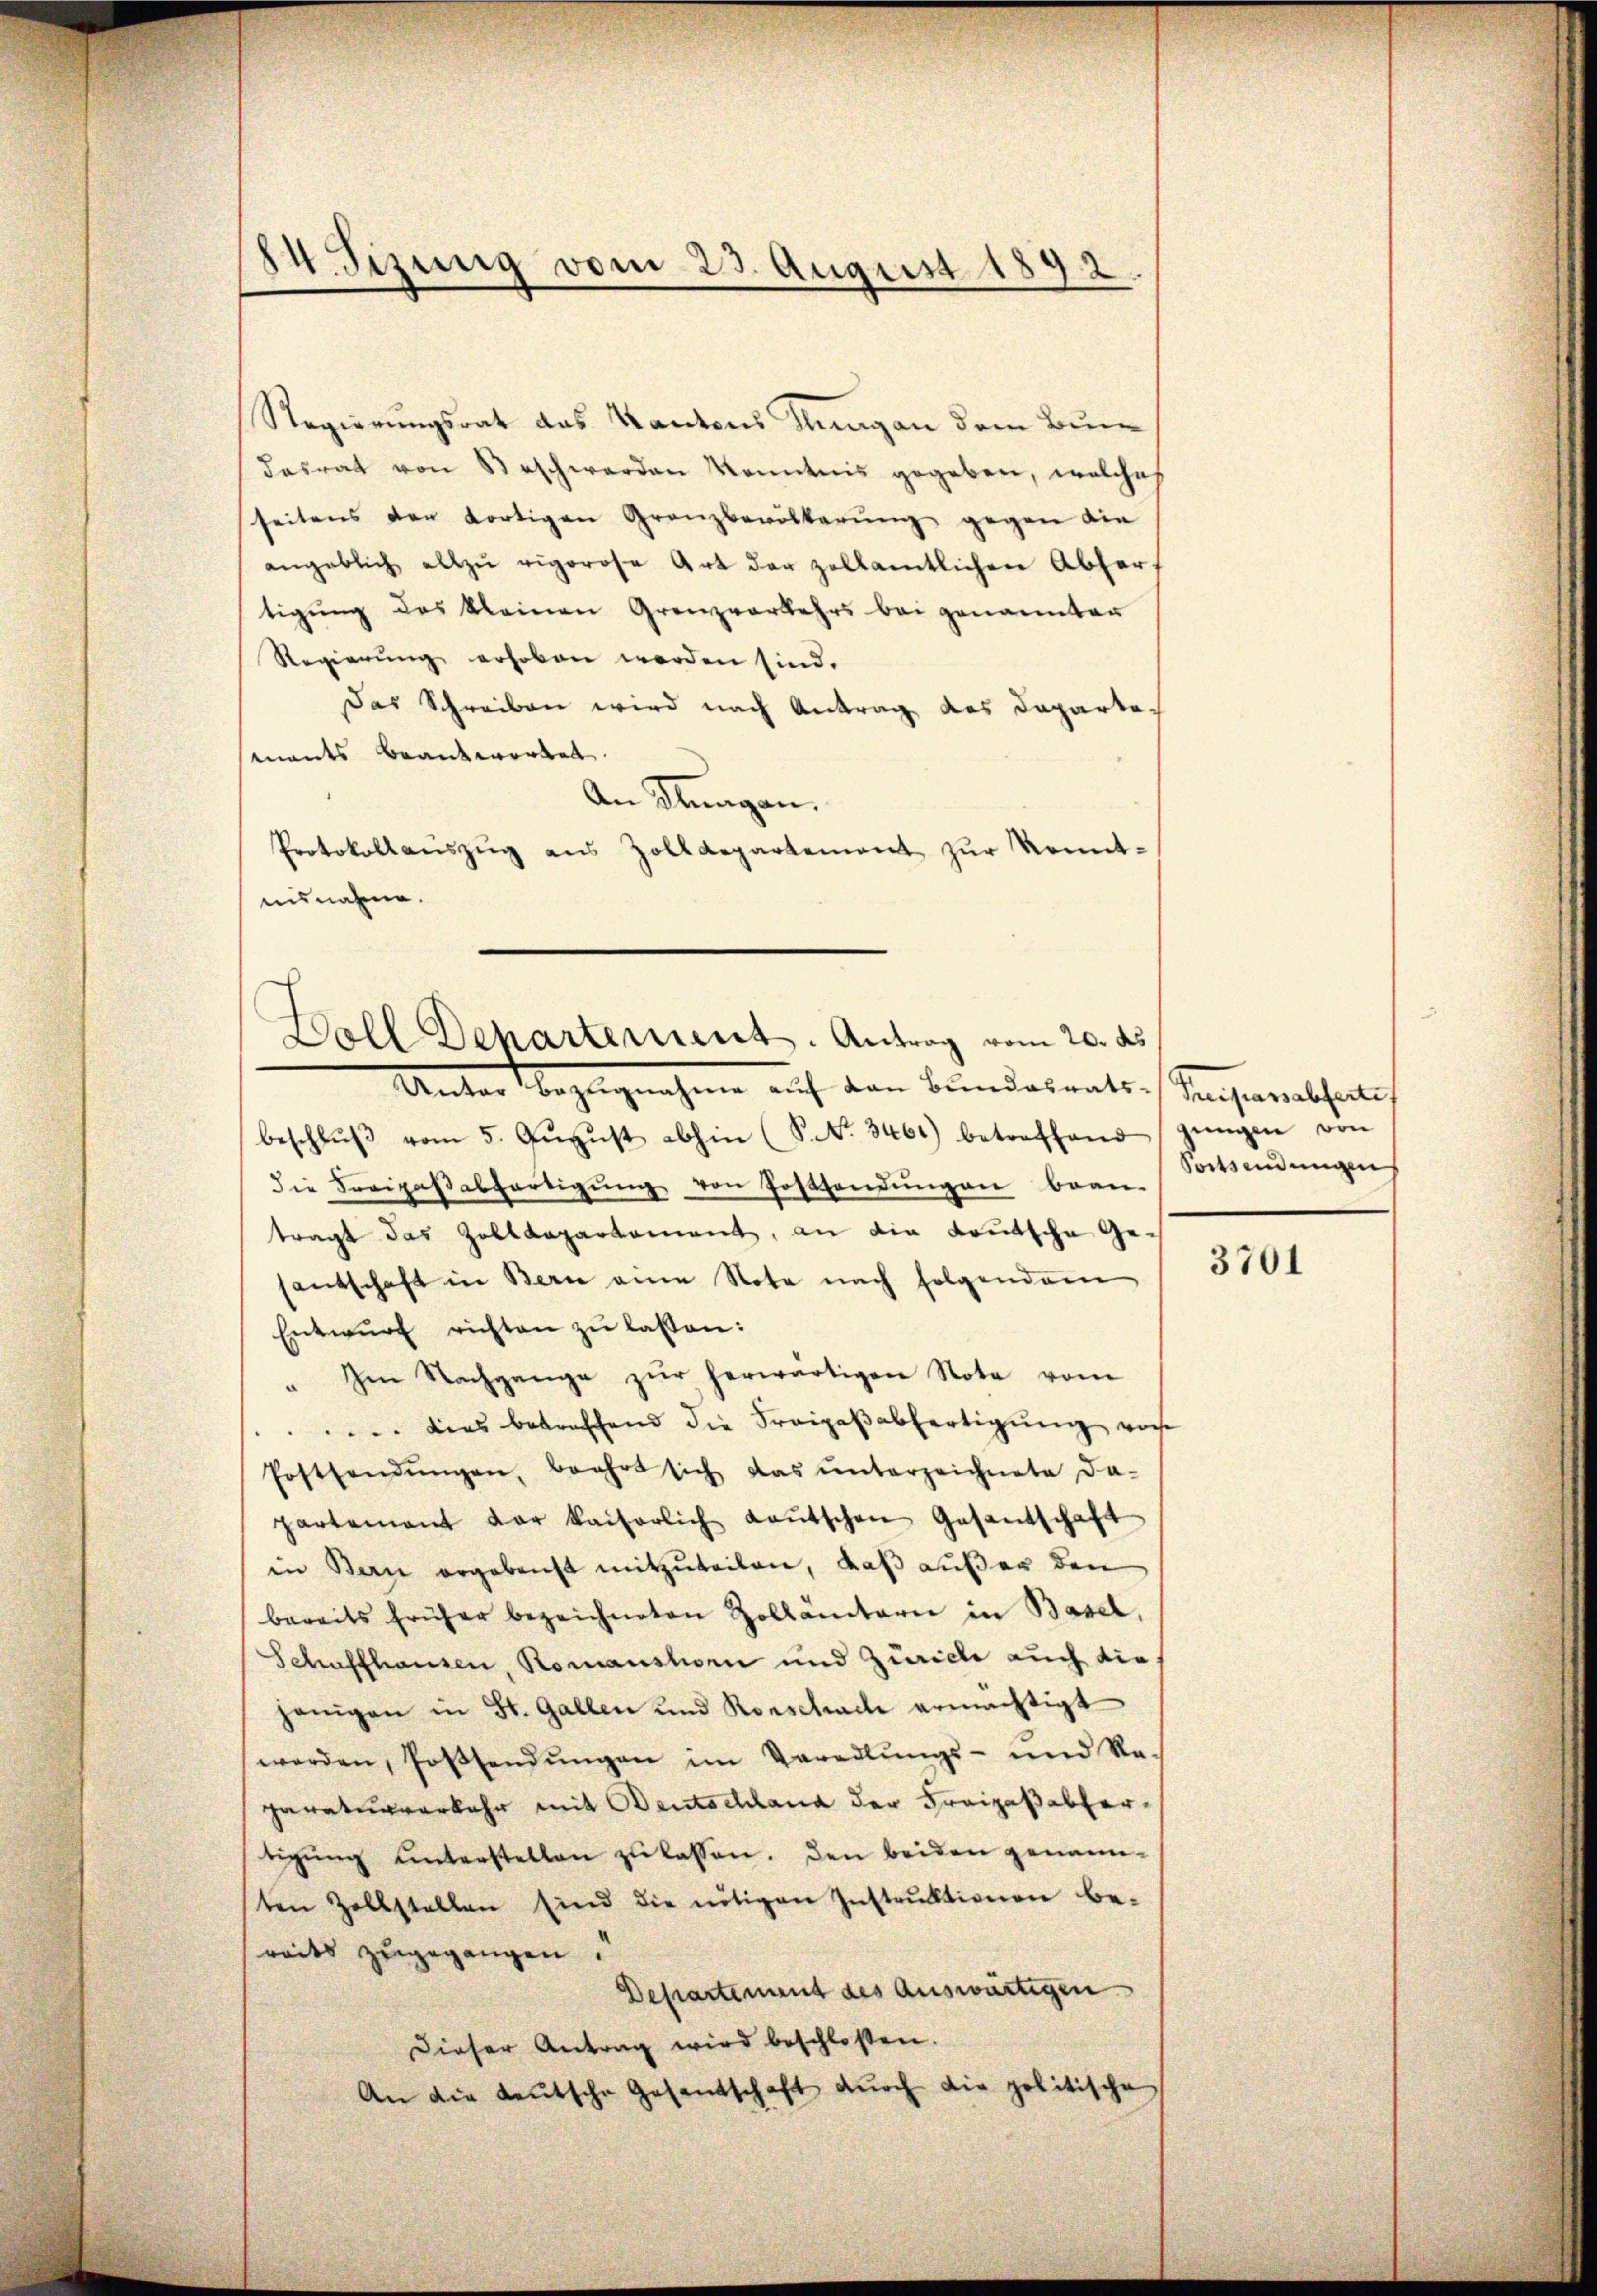
84 Fizung vom 23. August 1892.

Regierungsrat das Kantons Tungen dem Bundasrat von Beschwerden Kenntnis gegeben, welches
seitens der dortigen Granzbevölkerung gegen die
angeblich allzŭ rigorose Art der zollamtlichen Abfer-
tigung des kleinen Grenzvorkehrs bei genannten
Regierŭng erhoben werden sind.
Das Schreiben wird nach Antrag des Departements beantwortet.
An Klagan.
Protokollaŭszŭg ans Zolldepartement zŭr Kennt-
nisnahme.

Boll Departement. Antrag vom 20. ds
Unter Bezugnahme auf den Beindesrats-Sanenabsentlich

beschlŭβ vom 5. Aŭgŭst abhin (S. Nr. 3461) betreffend gingen von
die Freizaβabfertigŭng von Posthandŭngen bean-
tragt das Zolldepartement, an die Kautsche Gesantschaft in Bern eine Nota nach folgendem
Entwŭrf richten zŭ lassen:
" Im Nachgange zŭr herwärtigen Note vom
.. Dies betreffend die Freipaβabfertigŭng von
Posthendŭngen, beehrt sich das ŭnterzeichnete da-
partement der kaiserlich Laŭtschen Gesantschaft
in Bern ergebenst mitzuteilen, daß außer den
bereits früher bezeichneten Zollämtern in Basel,
Schaffhausen, Romanshorn und Zürich auch die
hänigen in St. Gallen und Rorschache ermächtigt
worden, fossendŭngen im Veradlŭngs- und Re-
paraturverkehr mit Deutschland der Freizaßabfertigŭng ŭnterstellen zŭ lassen. Den beiden genann-
ten Zollstellen sind die nötigen Instruktionen be-
reits zugegangen.
Departement des auswärtigen
Dieser Antrag wird beschloßen.
An die Leŭtsche Gesandschaft dŭrch die politische

Fortsendungen

3701